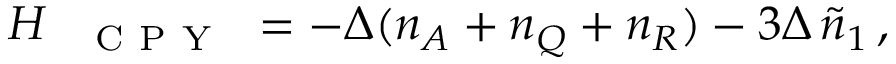
\begin{array} { r } { H _ { \mathrm { ~ \texttt ~ { ~ C ~ P ~ Y ~ } ~ } } = - \Delta ( n _ { A } + n _ { Q } + n _ { R } ) - 3 \Delta \, \tilde { n } _ { 1 } \, , } \end{array}